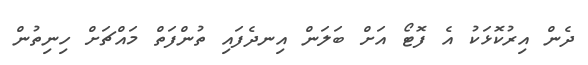
ދެން އިރުކޮޅަކު އެ ފޮޓޯ އަށް ބަލަން އިނދެފައި ތުންފަތް މައްޗަށް ހިނިތުން